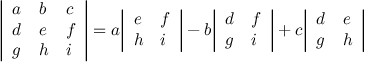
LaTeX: { \left| \begin{array} { l l l } { a } & { b } & { c } \\ { d } & { e } & { f } \\ { g } & { h } & { i } \end{array} \right| } = a { \left| \begin{array} { l l } { e } & { f } \\ { h } & { i } \end{array} \right| } - b { \left| \begin{array} { l l } { d } & { f } \\ { g } & { i } \end{array} \right| } + c { \left| \begin{array} { l l } { d } & { e } \\ { g } & { h } \end{array} \right| }